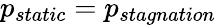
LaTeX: p_{static}=p_{stagnation}